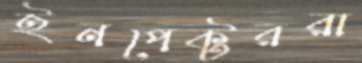
ইনপেক্টররা